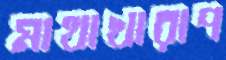
মাথাখারাপ